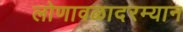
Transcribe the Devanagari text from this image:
लोणावळादरम्यान